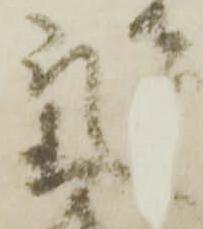
氣